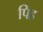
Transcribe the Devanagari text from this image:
पिह